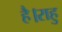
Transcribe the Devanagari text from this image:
है।राहु